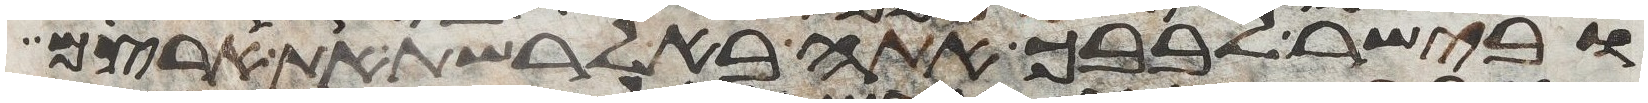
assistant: ובישר לבבך אתה בא לרשת את ארצם